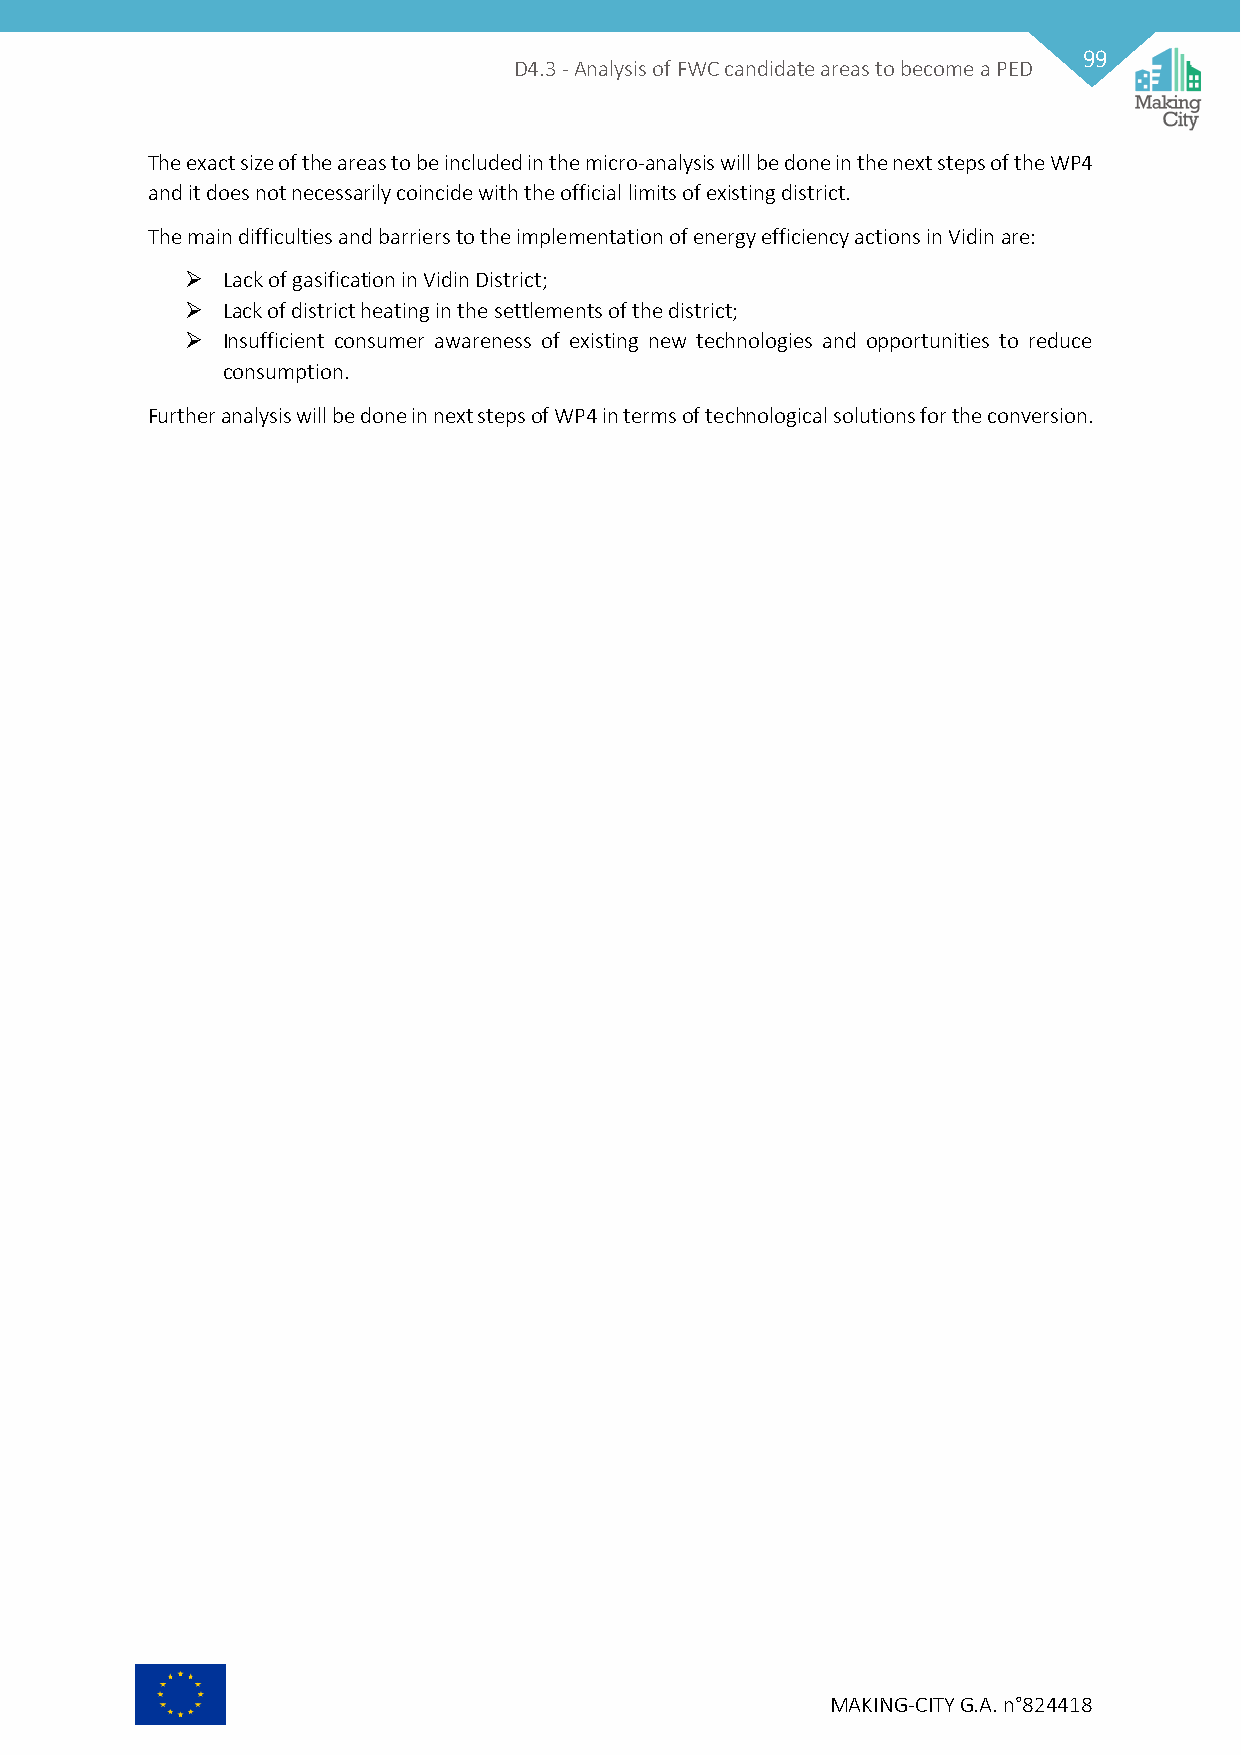
99
 D4.3 - Analysis of FWC candidate areas to become a PED
 The exact size of the areas to be included in the micro-analysis will be done in the next steps of the WP4
 and it does not necessarily coincide with the official limits of existing district.
 The main difficulties and barriers to the implementation of energy efficiency actions in Vidin are:
   Lack of gasification in Vidin District;
   Lack of district heating in the settlements of the district;
   Insufficient consumer awareness of existing new technologies and opportunities to reduce
 consumption.
 Further analysis will be done in next steps of WP4 in terms of technological solutions for the conversion.
 MAKING-CITY G.A. n°824418